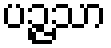
ပဉ္ဇသာ